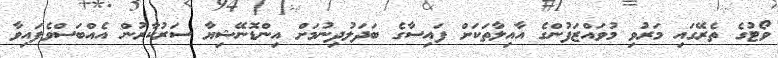
ވޯޓުގެ ތެރޭގައި މަރުވި މުވައްޒަފުންގެ އާއިލާތަކަށް ފައިސާގެ ބަދަލުދިނުމަށް އިންޑޮނޭޝިޔާ ސަރުކާރުން އެއްބަސްވެފައިވާ